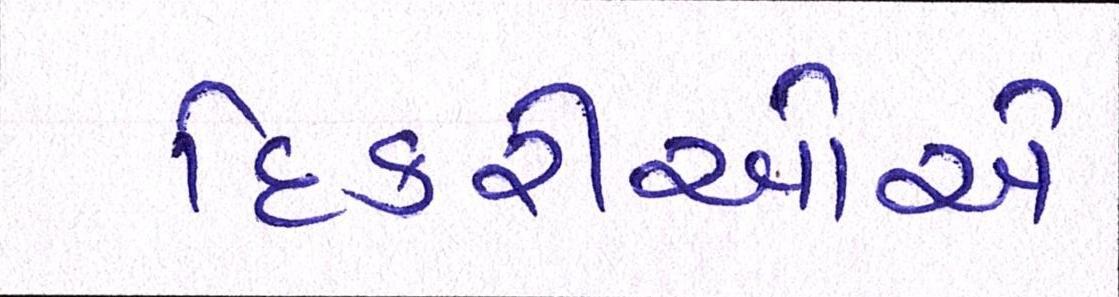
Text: દિકરીઓએ